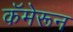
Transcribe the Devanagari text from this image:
कॅमेरून